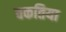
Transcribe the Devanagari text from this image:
चकतिया